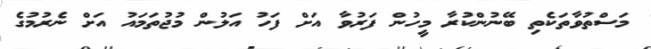
މަސްތުވާތަކެތި ބޭނުންކުރާ މީހުން ފަރުވާ އަށް ފަހު އަލުން މުޖުތަމައު އަށް ނެރުމުގެ